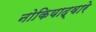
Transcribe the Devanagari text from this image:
नोकियाद्वारे